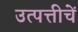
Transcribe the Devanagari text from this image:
उत्पत्तीचें